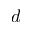
d